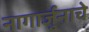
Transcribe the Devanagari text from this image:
नागार्जुनाचे